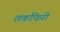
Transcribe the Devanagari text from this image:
तकफिरी